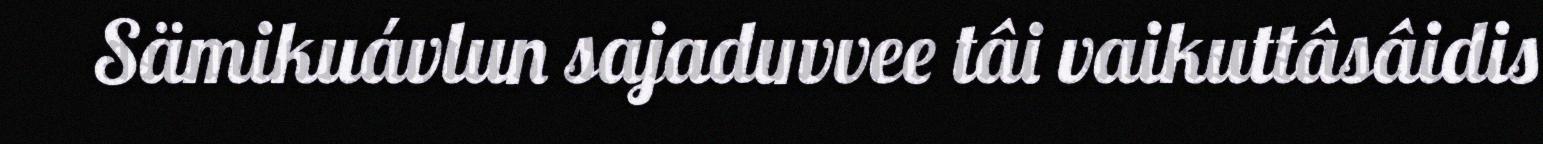
Sämikuávlun sajaduvvee tâi vaikuttâsâidis